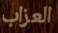
العزاب